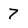
Character: 7